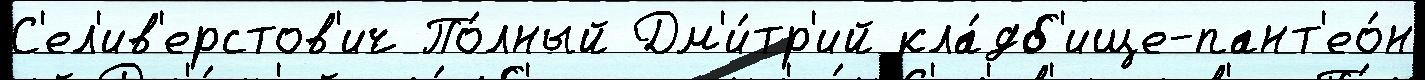
С'ел'ив'ерстов'ич По́лный Дм'и́тр'ий кла́дб'ище-пант'ео́н